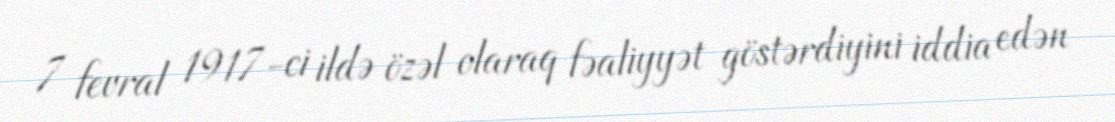
7 fevral 1917-ci ildə özəl olaraq fəaliyyət göstərdiyini iddia edən